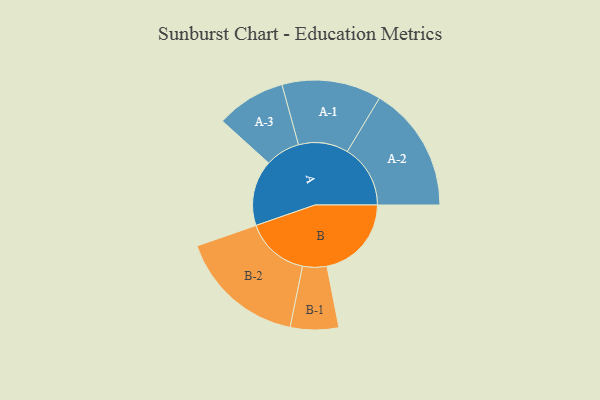
{"axis": {"x": "Segment", "y": "Value"}, "legend": ["", "A", "B"], "data": [{"x": "A", "y": 285, "type": ""}, {"x": "B", "y": 367, "type": ""}, {"x": "A-1", "y": 216, "type": "A"}, {"x": "A-2", "y": 274, "type": "A"}, {"x": "A-3", "y": 151, "type": "A"}, {"x": "B-1", "y": 105, "type": "B"}, {"x": "B-2", "y": 276, "type": "B"}]}